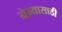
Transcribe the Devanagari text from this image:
येन्यासाठी